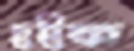
হুইফ